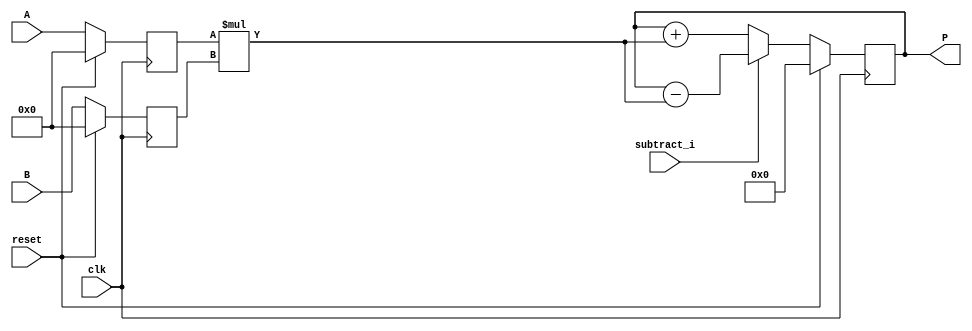
module dsp_mul_signed_reg_with_accum_parametrized #(parameter A_WIDTH = 32, B_WIDTH = 32) (clk, reset, subtract_i, A, B, P);
	input clk, reset, subtract_i;
	input signed [A_WIDTH-1:0] A;
	input signed [B_WIDTH-1:0] B;
	output reg signed [A_WIDTH + B_WIDTH-1 :0] P;
	reg signed [A_WIDTH-1:0] i1;
	reg signed [B_WIDTH-1:0] i2;
	reg signed [A_WIDTH + B_WIDTH-1 :0] mul, add_or_sub;
	always @(posedge clk) begin
		if(reset == 1) begin
			i1 <= 0;
			i2 <= 0;
		end
		else begin
			i1 <= A;
			i2 <= B;
		end
	end
	always @(posedge clk) begin
		if (reset ==1 )
			P <= 0;
		else 
			P<= add_or_sub;

	end

	always @ (*)  begin
		mul  = i1 * i2;
	end

	always @ (*)  begin
		if (subtract_i)
			add_or_sub = P - mul;
		else
			add_or_sub = P + mul;
	end
endmodule